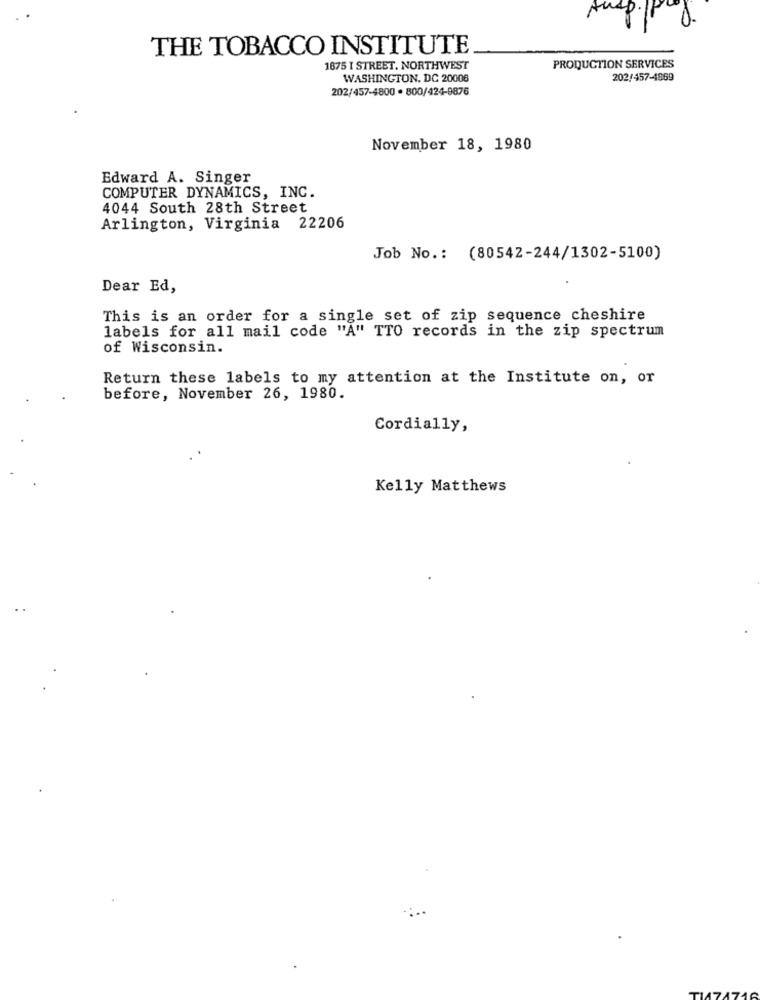
Ausp. P D.
THE TOBACCO INSTITUTE
1675 I STREET. NORTHWEST
PRODUCTION SERVICES
WASHINGTON, DC 20006
202/457-4869
202/457-4800 · 800/424-9876
November 18, 1980
Edward A. Singer
COMPUTER DYNAMICS, INC.
4044 South 28th Street
Arlington, Virginia 22206
Job No .: (80542-244/1302-5100)
Dear Ed,
This is an order for a single set of zip sequence cheshire
labels for all mail code "A" TTO records in the zip spectrum
of Wisconsin.
Return these labels to my attention at the Institute on, or
before, November 26, 1980.
Cordially,
Kelly Matthews